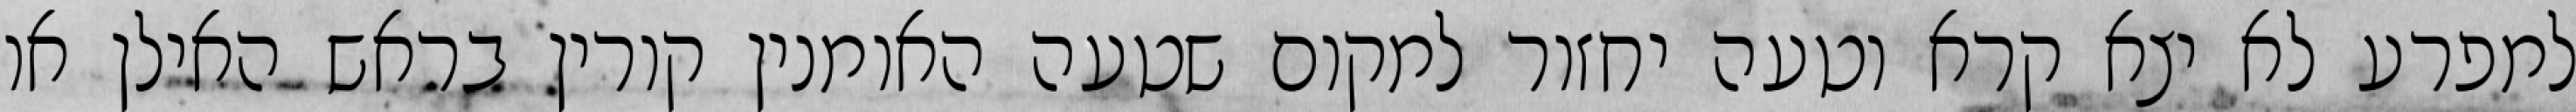
למפרע לא יצא קרא וטעה יחזור למקום שטעה האומנין קורין בראש האילן או